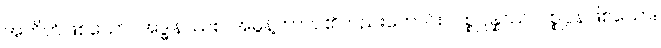
အတိတ်ဖြစ်သော။ အဒ္ဓါနဿစ၊ အဓွန့်ကာလ၏လည်းကောင်း။ ပစ္စုပ္ပန္နဿ၊ ပစ္စုပ္ပန်ဖြစ်သော။